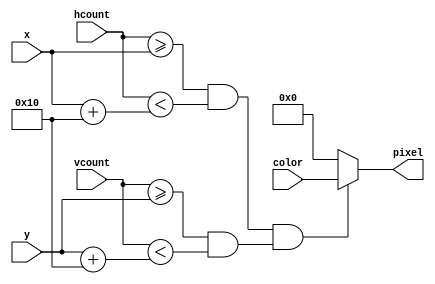
`timescale 1ns / 1ps
//////////////////////////////////////////////////////////////////////////////////
// Company: 
// Engineer: 
// 
// Design Name: 
// Module Name:    blob 
// Project Name: 
// Target Devices: 
// Tool versions: 
// Description: 
//
// Dependencies: 
//
// Revision: 
// Revision 0.01 - File Created
// Additional Comments: 
//
//////////////////////////////////////////////////////////////////////////////////
module blob #(parameter WIDTH = 16, HEIGHT = 16)(
	input [10:0] x,hcount,
	input [9:0] y,vcount,
	input [23:0] color,
	output reg [23:0] pixel);

	always @(*) begin
		if ((hcount >= x && hcount < (x+WIDTH)) && (vcount >= y && vcount < y+HEIGHT))
			pixel = color;
		else pixel = 24'b0;
	end

endmodule